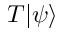
T \vert \psi \rangle